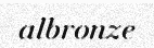
albronze